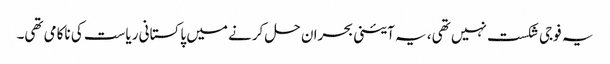
یہ فوجی شکست نہیں تھی، یہ آئینی بحران حل کرنے میں پاکستانی ریاست کی ناکامی تھی۔